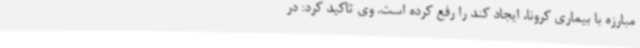
مبارزه با بیماری کرونا، ایجاد کند را رفع کرده است. وی تاکید کرد: در